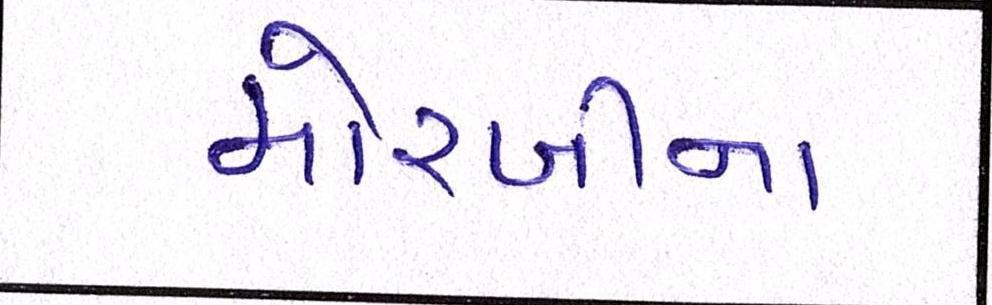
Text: મોરબીના